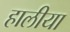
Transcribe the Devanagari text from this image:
हालीया